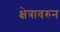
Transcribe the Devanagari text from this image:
क्षेत्रावरुन